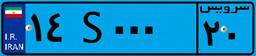
۰۸S۴۳۶۲۴